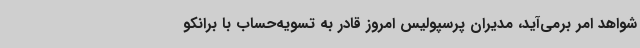
شواهد امر برمی‌آید، مدیران پرسپولیس امروز قادر به تسویه‌حساب با برانکو